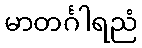
မာတင်္ဂါရညံ